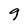
Character: 9